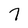
Character: 7